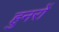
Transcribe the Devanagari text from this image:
हुनरों